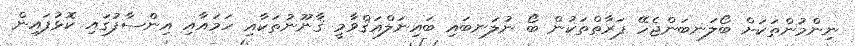
ނިންމުންތަކަށް ބޯލަނބަންޖެހޭ ފަރާތްތަކުން ބޯ ނުލަނބައި ބައިނަލްއަޤްވާމީ ޤާނޫނުތަކާއި ހަމައާއި އިންސާފުގައި ކޮޅުފައިން